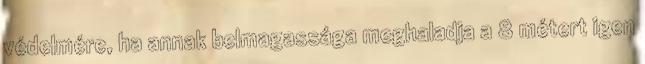
védelmére, ha annak belmagassága meghaladja a 8 métert igen